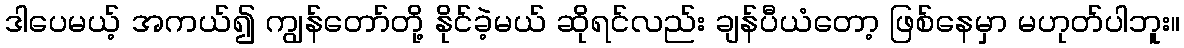
ဒါပေမယ့် အကယ်၍ ကျွန်တော်တို့ နိုင်ခဲ့မယ် ဆိုရင်လည်း ချန်ပီယံတော့ ဖြစ်နေမှာ မဟုတ်ပါဘူး။